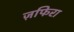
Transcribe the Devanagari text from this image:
ज़फिरा